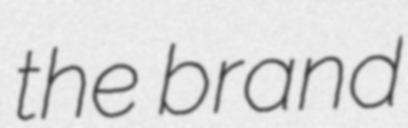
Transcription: the brand